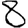
Digit: 8